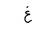
Letter: _gayn